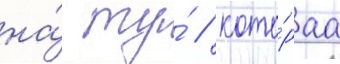
на́ ту́ / кото́раа